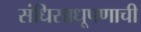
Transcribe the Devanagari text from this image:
संधिसाधूपणाची